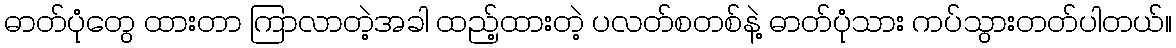
ဓာတ်ပုံတွေ ထားတာ ကြာလာတဲ့အခါ ထည့်ထားတဲ့ ပလတ်စတစ်နဲ့ ဓာတ်ပုံသား ကပ်သွားတတ်ပါတယ်။